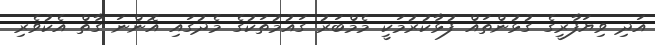
އަދި ވިޔަފާރީގެ ގުޅުންތައް ފުޅާކުރުމަކީ މެމްބަރު ގައުމުތަކުގެ މެދުގައި އޮންނަ ގާތް އެކުވެރި